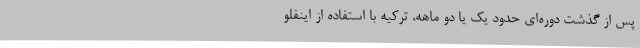
پس از گذشت دوره‌ای حدود یک یا دو ماهه، ترکیه با استفاده از اینفلو